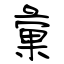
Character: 彙